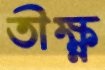
তীক্ষ্ণ